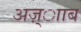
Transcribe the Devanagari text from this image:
अज़्ााब